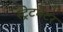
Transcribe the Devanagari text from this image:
स्ट्रेटमैटर